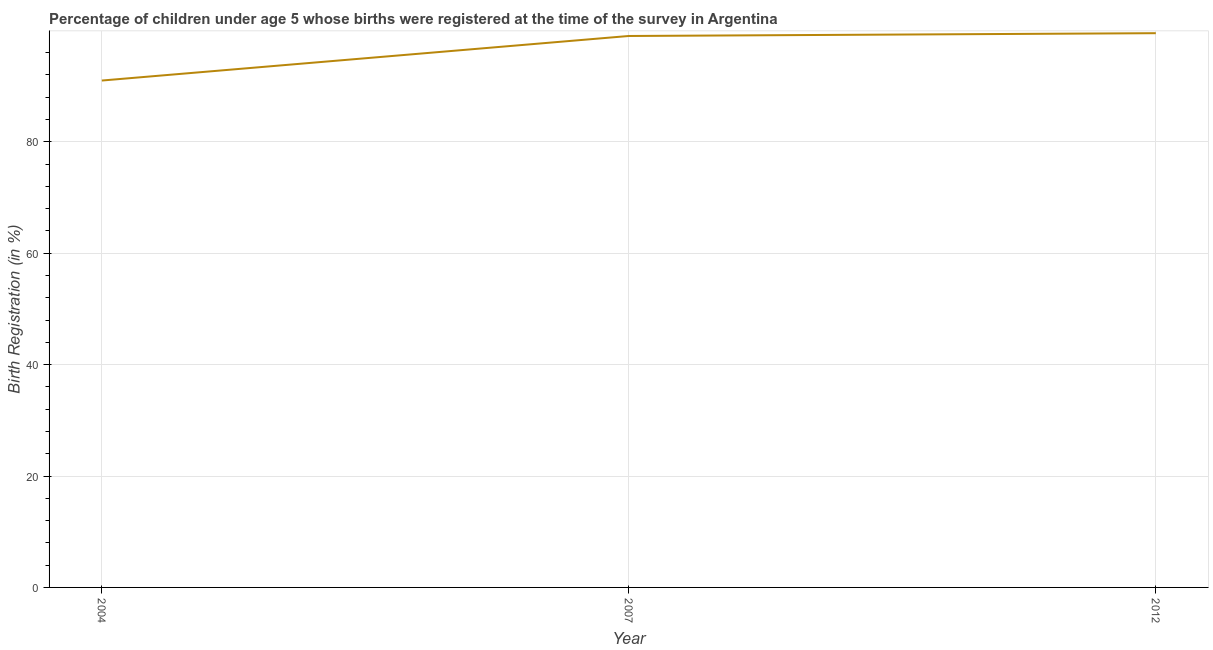
| Year | Birth registration |
 | --- | --- |
 | 2004 | 91 |
 | 2007 | 99 |
 | 2012 | 99.5 |